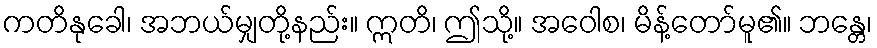
ကတိနုခေါ၊ အဘယ်မျှတို့နည်း။ ဣတိ၊ ဤသို့။ အဝေါစ၊ မိန့်တော်မူ၏။ ဘန္တေ၊